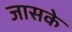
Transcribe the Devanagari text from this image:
जासके